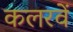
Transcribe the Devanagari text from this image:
कलरवें